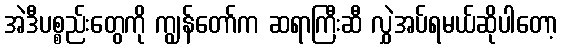
အဲဒီပစ္စည်းတွေကို ကျွန်တော်က ဆရာကြီးဆီ လွှဲအပ်ရမယ်ဆိုပါတော့